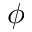
\phi